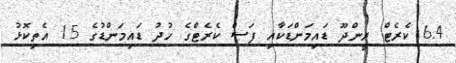
6.4 ކެރެޓް ރީންދޫ ޑައިމަންޑަކާއި ފަސް ކެރެޓްގެ ހުދު ޑައިމަންޑުގެ 15 އެތިކޮޅު